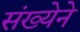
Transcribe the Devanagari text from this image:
संख्‍येने